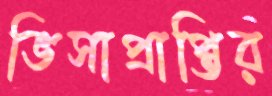
ভিসাপ্রাপ্তির